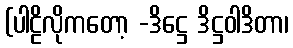
(ပါဠိလိုကတော့ -ဒိဋ္ဌေ ဒိဋ္ဌဝါဒိတာ၊